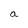
Character: a